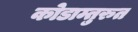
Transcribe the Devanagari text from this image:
कोडाम्तुरुत